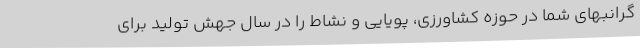
گرانبهای شما در حوزه کشاورزی، پویایی و نشاط را در سال جهش تولید برای